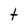
Character: t